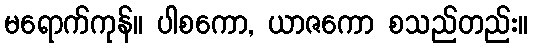
မရောက်ကုန်။ ပါစကော, ယာဇကော စသည်တည်း။